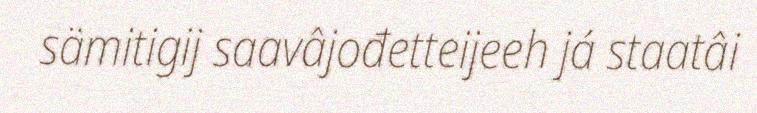
sämitigij saavâjođetteijeeh já staatâi